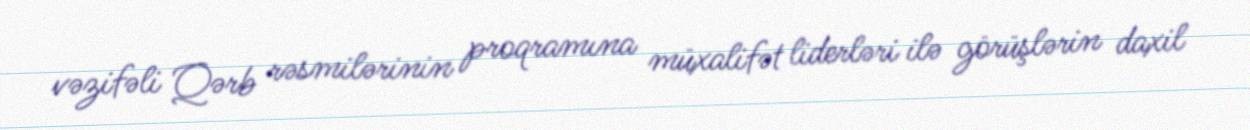
vəzifəli Qərb rəsmilərinin proqramına müxalifət liderləri ilə görüşlərin daxil